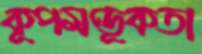
কূপমণ্ডূকতা